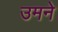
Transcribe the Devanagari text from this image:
उमने